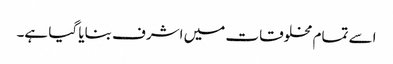
اسے تمام مخلوقات میں اشرف بنایا گیا ہے۔